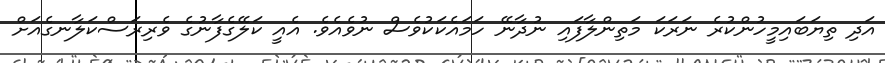
އަދި ތިޔަބައިމީހުންކުރެ ނަރަކަ މަތިންލާފައި ނުދާނޭ ހަމައެކަކުވެސް ނުވެއެވެ. އެއީ ކަލޭގެފާނުގެ ވެރިރަސްކަލާނގެއަށް